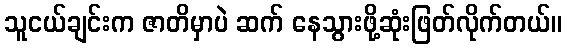
သူငယ်ချင်းက ဇာတိမှာပဲ ဆက် နေသွားဖို့ဆုံးဖြတ်လိုက်တယ်။